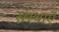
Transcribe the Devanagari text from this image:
संस्थाऍं